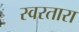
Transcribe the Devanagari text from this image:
स्वरतारा